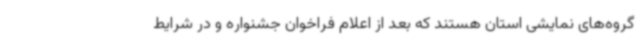
گروه‌های نمایشی استان هستند که بعد از اعلام فراخوان جشنواره و در شرایط